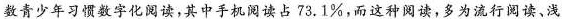
数青少年习惯数字化阅读，其中手机阅读占73.1\%，而这种阅读，多为流行阅读、浅